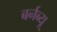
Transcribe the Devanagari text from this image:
बर्नब्यू